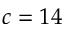
c = 1 4